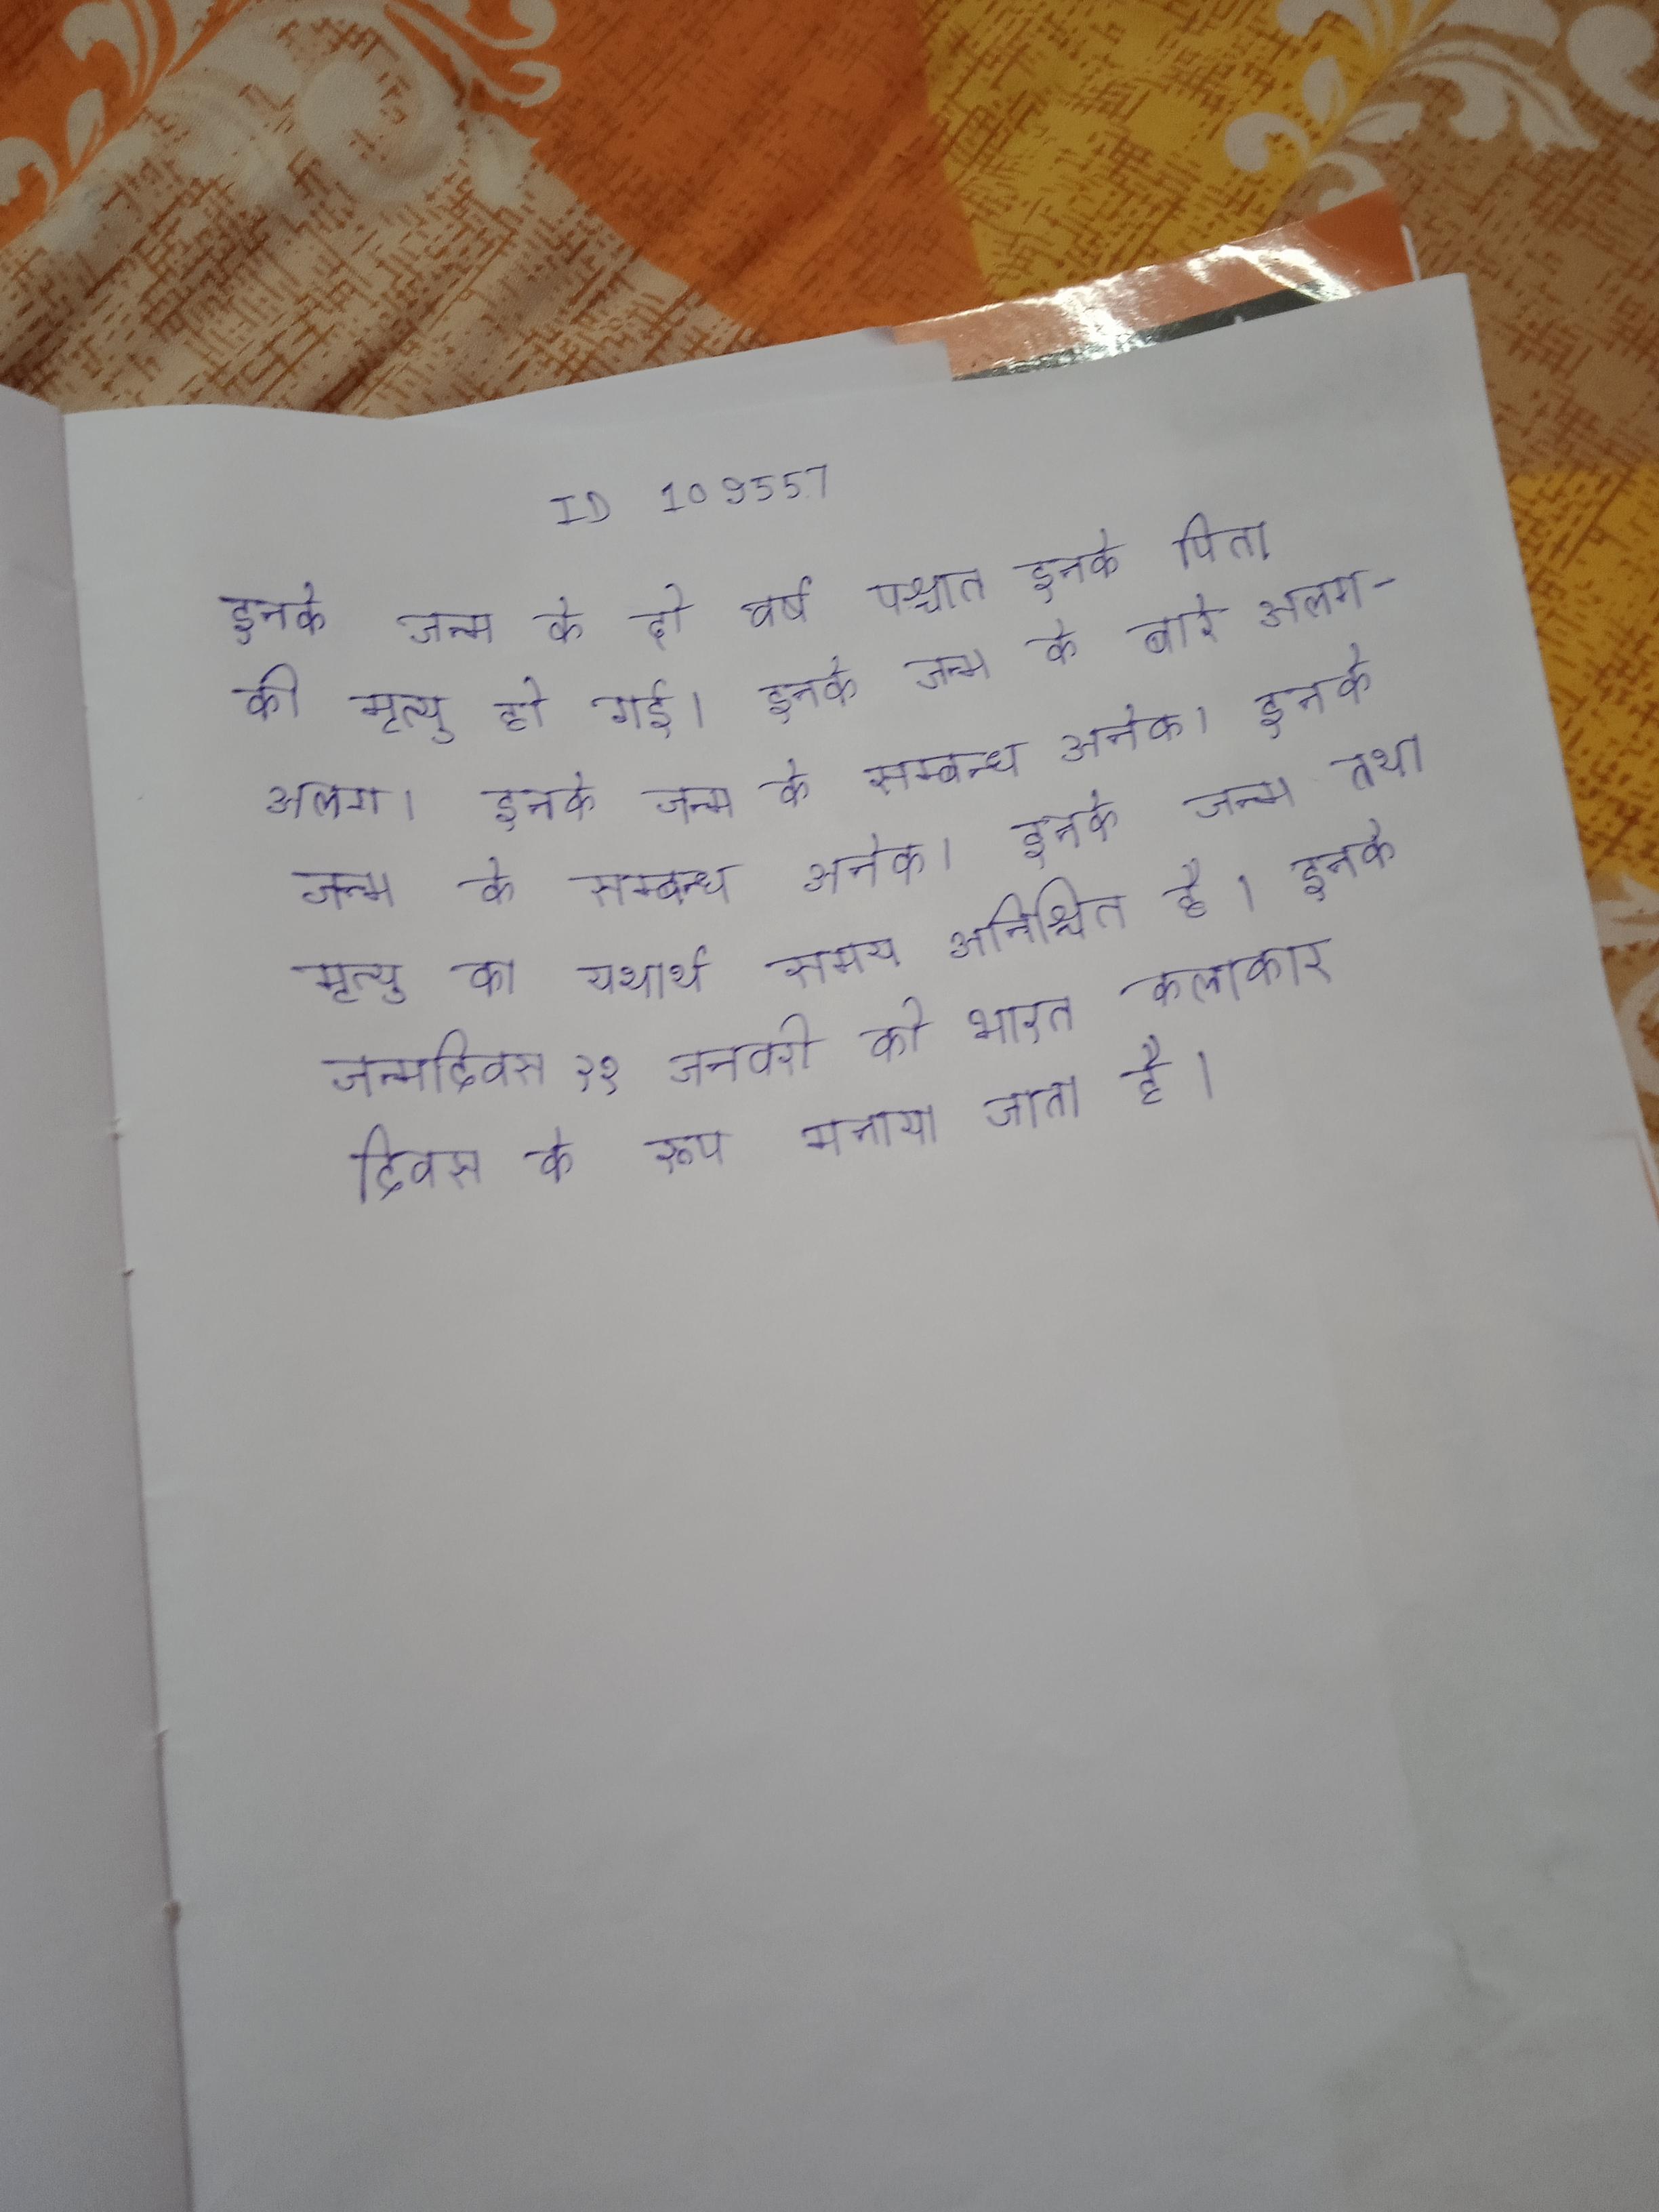
इनके जन्म के दो वर्ष पश्चात इनके पिता की मृत्यु हो गई । इनके जन्म के बारे अलग-अलग । इनके जन्म के सम्बन्ध अनेक । इनके जन्म के अनेक । इनके जन्म तथा मृत्यु का यथार्थ समय अनिश्चित है । इनके जन्मदिवस २१ जनवरी को भारत कलाकार दिवस के रूप मनाया जाता है ।